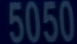
5050